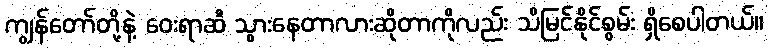
ကျွန်တော်တို့နဲ့ ဝေးရာဆီ သွားနေတာလားဆိုတာကိုလည်း သိမြင်နိုင်စွမ်း ရှိစေပါတယ်။